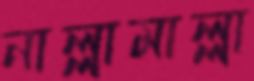
নাল্লামাল্লা